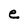
Character: e